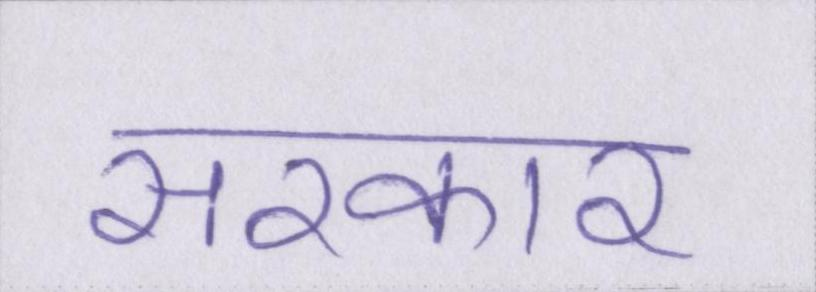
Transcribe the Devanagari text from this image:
सरकार